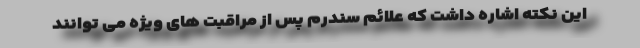
این نکته اشاره داشت که علائم سندرم پس از مراقبت های ویژه می توانند